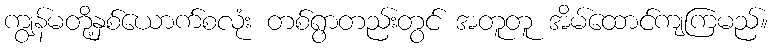
ကျွန်မတို့နှစ်ယောက်စလုံး တစ်ရွာတည်းတွင် အတူတူ အိမ်ထောင်ကျကြမည်။